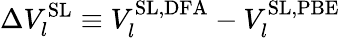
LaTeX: \Delta V_{l}^{\mathrm{SL}}\equiv V_{l}^{\mathrm{SL,DFA}}-V_{l}^{\mathrm{SL,PBE}}